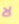
لا